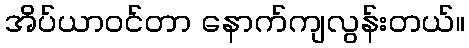
အိပ်ယာဝင်တာ နောက်ကျလွန်းတယ်။